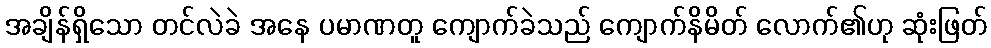
အချိန်ရှိသော တင်လဲခဲ အနေ ပမာဏတူ ကျောက်ခဲသည် ကျောက်နိမိတ် လောက်၏ဟု ဆုံးဖြတ်